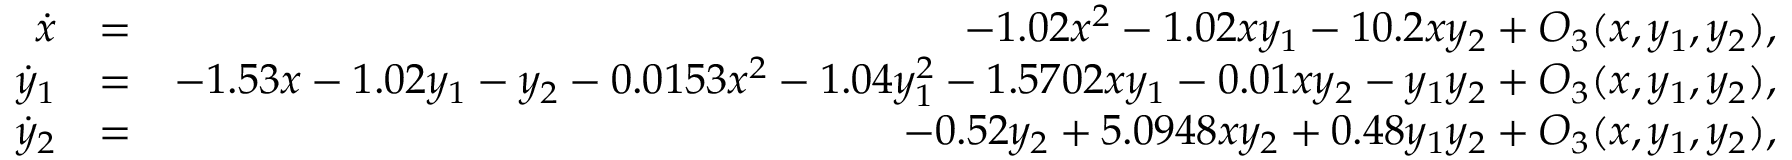
\begin{array} { r l r } { \dot { x } } & { = } & { - 1 . 0 2 x ^ { 2 } - 1 . 0 2 x y _ { 1 } - 1 0 . 2 x y _ { 2 } + O _ { 3 } ( x , y _ { 1 } , y _ { 2 } ) , } \\ { \dot { y } _ { 1 } } & { = } & { - 1 . 5 3 x - 1 . 0 2 y _ { 1 } - y _ { 2 } - 0 . 0 1 5 3 x ^ { 2 } - 1 . 0 4 y _ { 1 } ^ { 2 } - 1 . 5 7 0 2 x y _ { 1 } - 0 . 0 1 x y _ { 2 } - y _ { 1 } y _ { 2 } + O _ { 3 } ( x , y _ { 1 } , y _ { 2 } ) , } \\ { \dot { y } _ { 2 } } & { = } & { - 0 . 5 2 y _ { 2 } + 5 . 0 9 4 8 x y _ { 2 } + 0 . 4 8 y _ { 1 } y _ { 2 } + O _ { 3 } ( x , y _ { 1 } , y _ { 2 } ) , } \end{array}